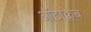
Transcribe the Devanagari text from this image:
ऑटोक्लेब